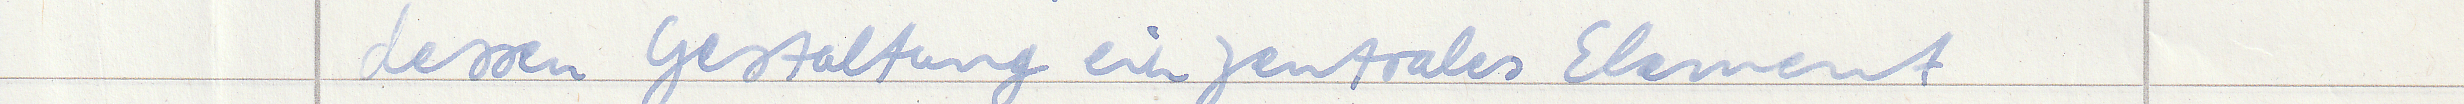
dessen Gestaltung ein zentrales Element